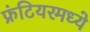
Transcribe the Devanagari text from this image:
फ्रंटियरमध्ये